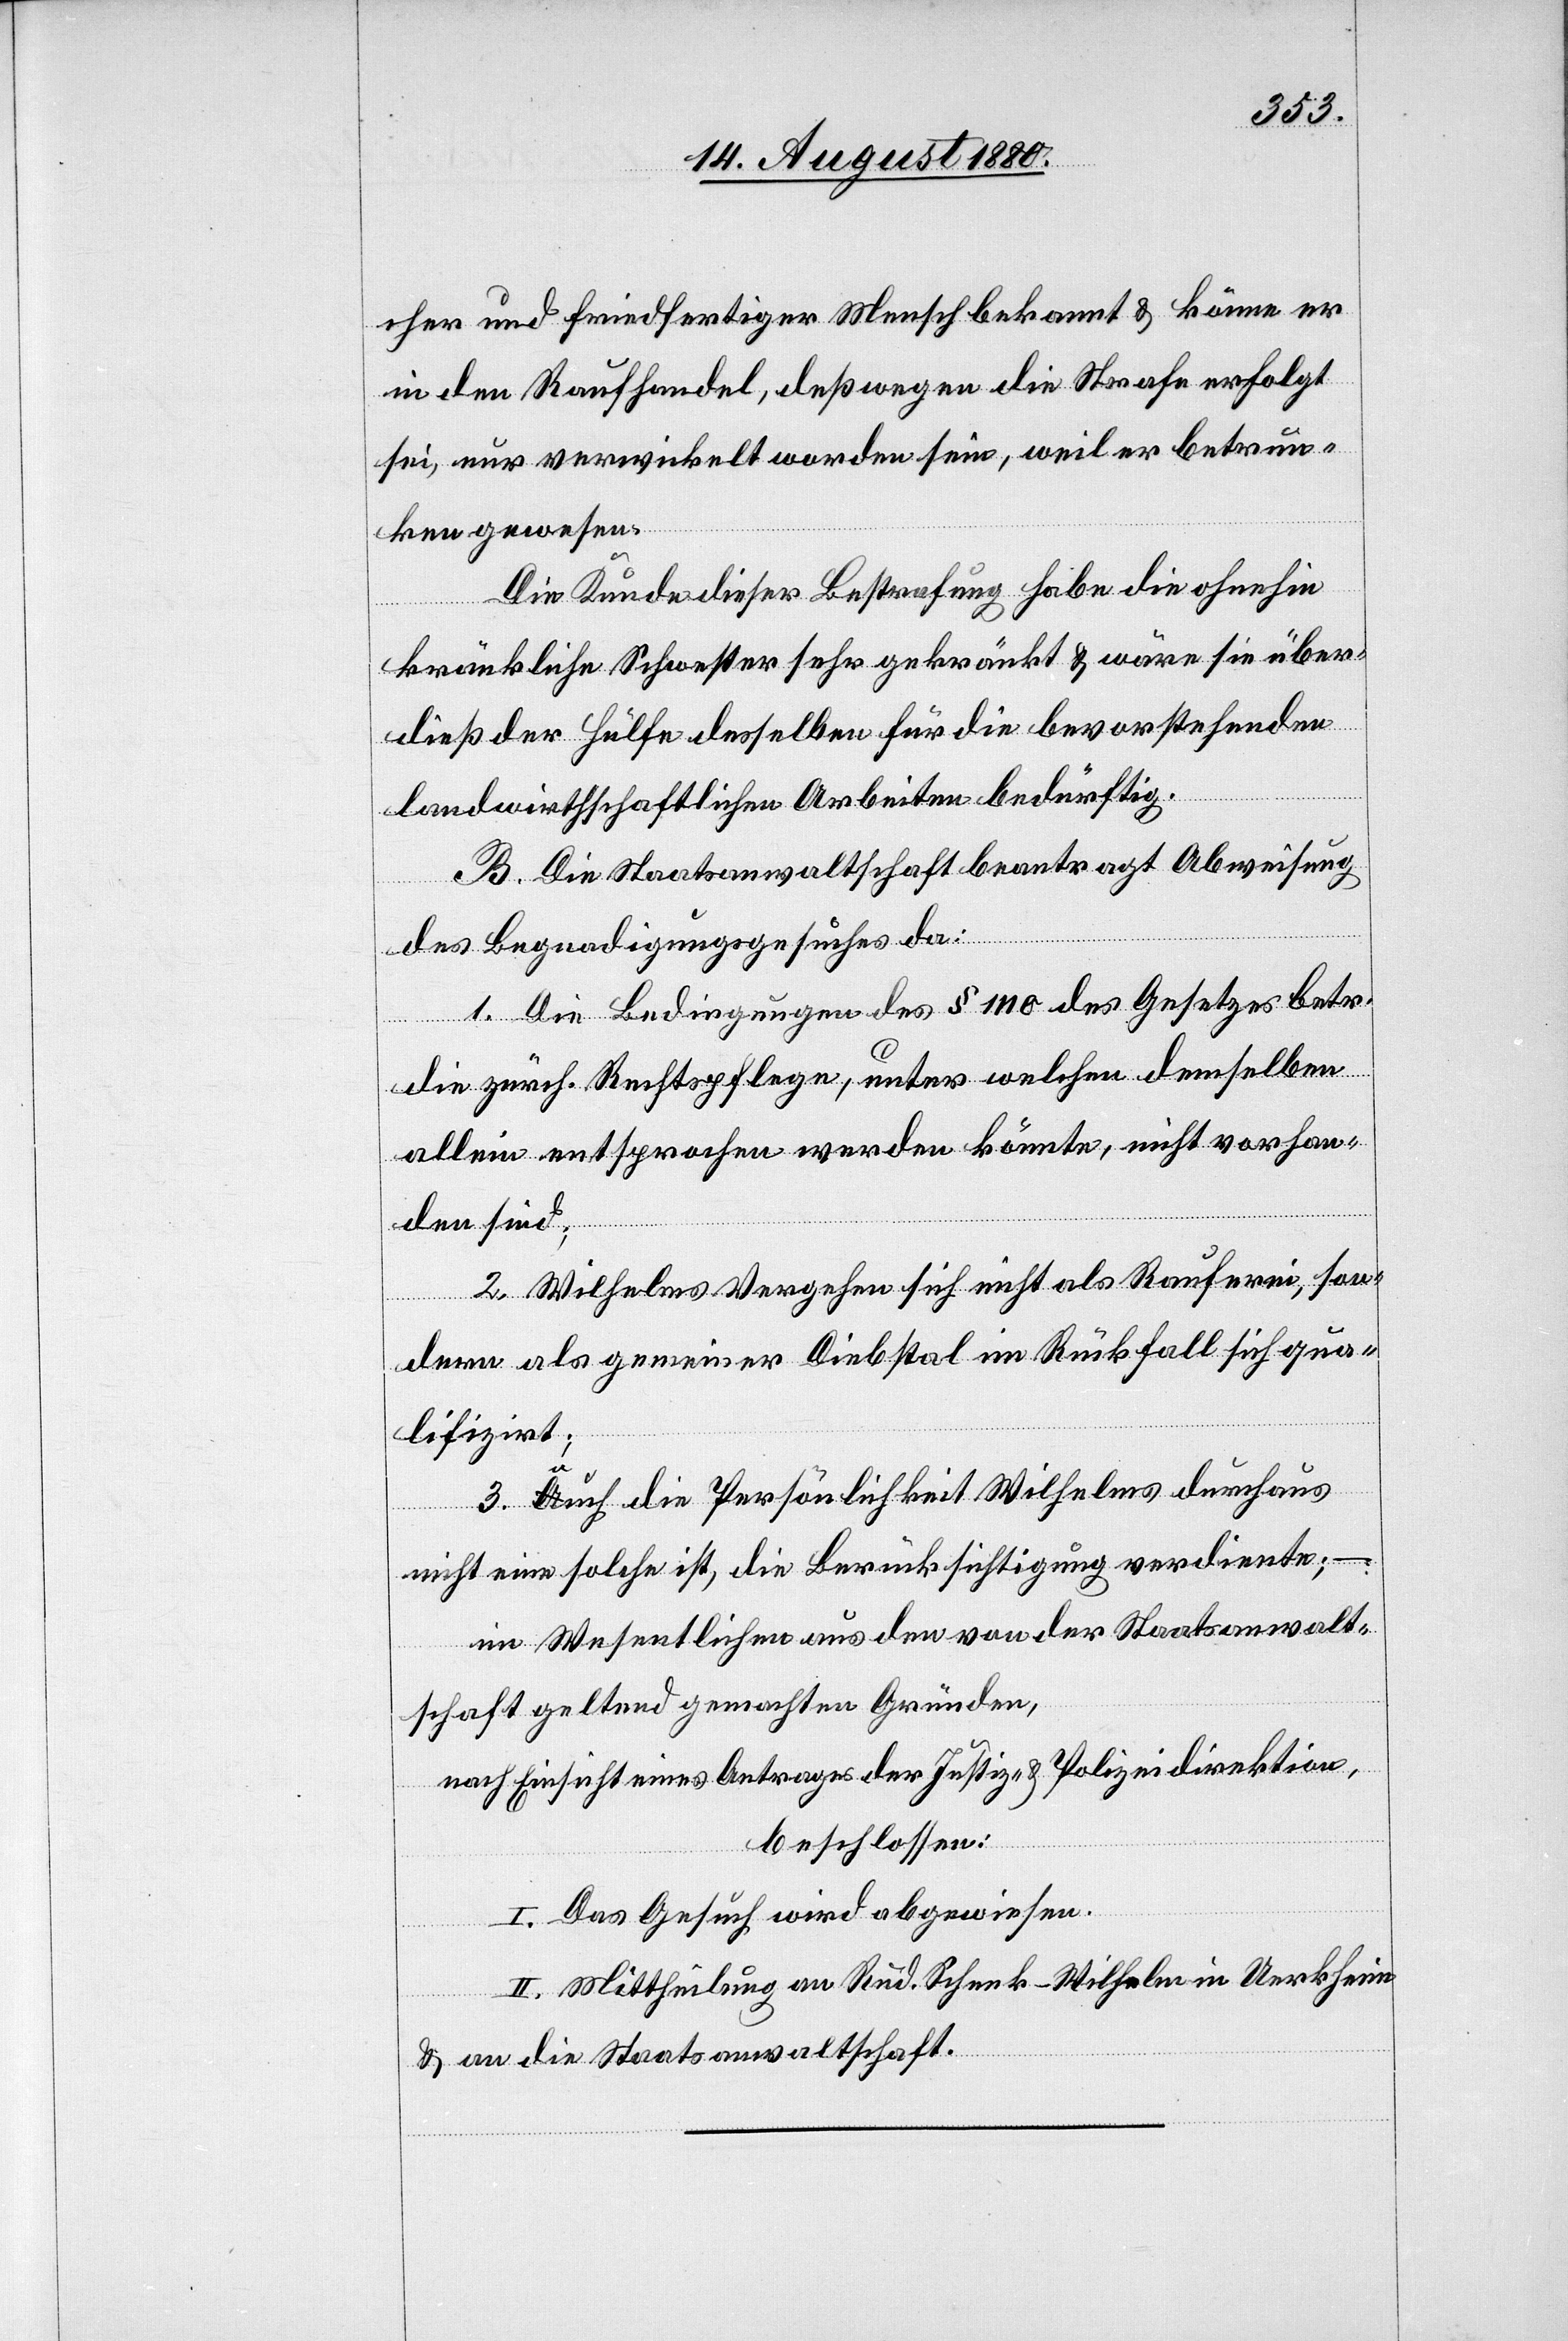
cher und friedfertiger Mensch bekannt & könne er
in den Raufhandel, deßwegen die Strafe erfolgt
sei, nur verwickelt worden sein, weil er betrun¬
ken gewesen.
Die Kunde dieser Bestrafung habe die ohnehin
kränkliche Schwester sehr gekränkt & wäre sie über¬
dieß der Hülfe desselben für die bevorstehenden
landwirthschaftlichen Arbeiten bedürftig.
B. Die Staatsanwaltschaft beantragt Abweisung
des Begnadigungsgesuches da:
1. Die Bedingungen des § 1110 des Gesetzes betr.
die zürch. Rechtspflege, unter welchen demselben
allein entsprochen werden könnte, nicht vorhan¬
den sind;
2. Wilhelms Vergehen sich nicht als Rauferei, son¬
dern als gemeiner Diebstal im Rückfall sich qua¬
lifizirt;
3. auch die Persönlichkeit Wilhelms durchaus
nicht eine solche ist, die Berücksichtigung verdiente; –
im Wesentlichen aus den von der Staatsanwalt¬
schaft geltend gemachten Gründen,
nach Einsicht eines Antrages der Justiz- & Polizeidirektion,
beschlossen:
I. Das Gesuch wird abgewiesen.
II. Mittheilung an Rud. Schenk-Wilhelm in Uerkheim
& an die Staatsanwaltschaft.